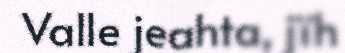
Valle jeahta, jïh